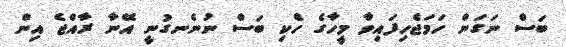
ބަސް ނަގަން ހަމަޖެހިފައިވާ މީހާގެ ހެކި ބަސް ނުނެނގުނީ އޭނާ ރާއްޖެ އިން